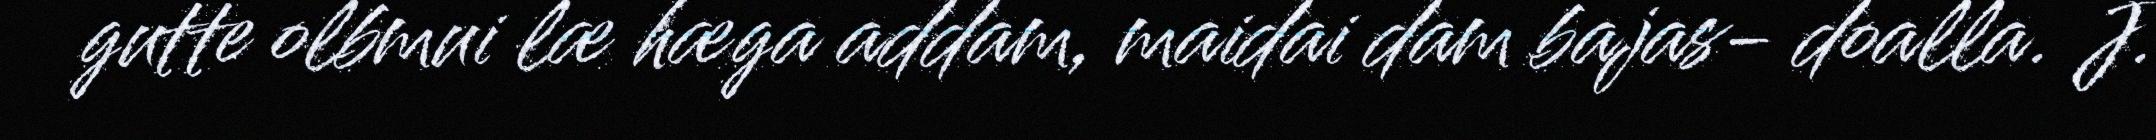
gutte olbmui læ hæga addam, maidai dam bajas- doalla. J.